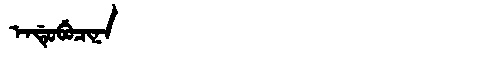
Manchu: ᡝᠨᡩᡠᠪᡠᠴᡳᠨᠠ
Romanization: ENDUBUCINA